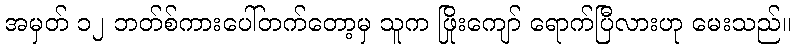
အမှတ် ၁၂ ဘတ်စ်ကားပေါ်တက်တော့မှ သူက ဖြိုးကျော် ရောက်ပြီလားဟု မေးသည်။